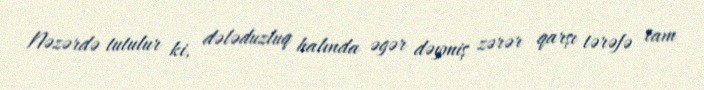
Nəzərdə tutulur ki, dələduzluq halında əgər dəymiş zərər qarşı tərəfə tam